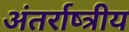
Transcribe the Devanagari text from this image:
अंतर्राष्त्रीय